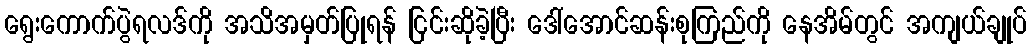
ရွေးကောက်ပွဲရလဒ်ကို အသိအမှတ်ပြုရန် ငြင်းဆိုခဲ့ပြီး ဒေါ်အောင်ဆန်းစုကြည်ကို နေအိမ်တွင် အကျယ်ချုပ်